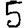
Digit: 5